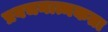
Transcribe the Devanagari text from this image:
प्रवचनात्मकता